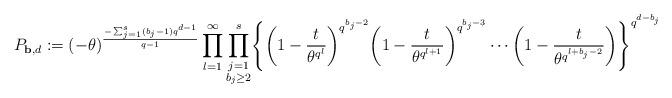
LaTeX: \begin{align*}P_{{\bf b},d}&:=(-\theta)^{\frac{-\sum_{j=1}^s(b_j-1)q^{d-1}}{q-1}}\prod_{l=1}^{\infty}\prod_{\substack{j=1\\ b_j\geq 2}}^s\Biggl\{\biggl(1-\frac{t}{\theta^{q^l}} \biggr)^{q^{b_j-2}}\biggl(1-\frac{t}{\theta^{q^{l+1}}} \biggr)^{q^{b_j-3}}\cdots\biggl(1-\frac{t}{\theta^{q^{l+b_j-2}}} \biggr) \Biggr\}^{q^{d-b_j}}\end{align*}